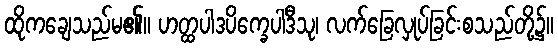
ထိုကချေသည်မ၏။ ဟတ္ထပါဒပိက္ခေပါဒီသု၊ လက်ခြေလှုပ်ခြင်းစသည်တို့၌။